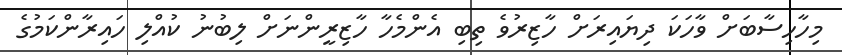
މިހާހިސާބަށް ވާހަކަ ދިޔައިރަށް ހާޒިރުވެ ތިބި އެންމެހާ ހާޒިރީންނަށް ލިބުނު ކުއްލި ހައިރާންކަމުގެ